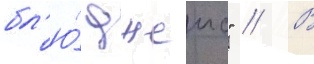
бл'ю́ джеис" // В